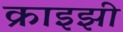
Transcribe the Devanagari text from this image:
क्राइझी